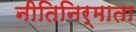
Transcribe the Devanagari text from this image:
नीतिनिर्माता